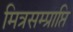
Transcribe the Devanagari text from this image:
मित्रसम्प्राप्ति